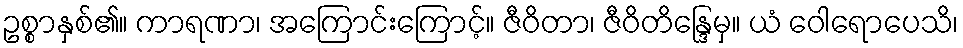
ဥစ္စာနှစ်၏။ ကာရဏာ၊ အကြောင်းကြောင့်။ ဇီဝိတာ၊ ဇီဝိတိန္ဒြေမှ။ ယံ ဝေါရောပေသိ၊